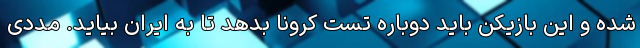
شده و این بازیکن باید دوباره تست کرونا بدهد تا به ایران بیاید. مددی